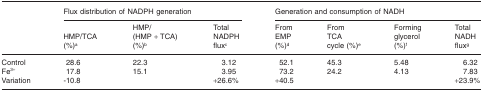
|  | <COLSPAN=3> Flux distribution of NADPH generation | <COLSPAN=4> Generation and consumption of NADH |
 |  | HMP/TCA (%)a | HMP/(HMP + TCA) (%)b | Total NADPH fluxc | From EMP (%)d | From TCA cycle (%)e | Forming glycerol (%)f | Total NADH fluxg |
 | --- | --- | --- | --- | --- | --- | --- | --- |
 | Control | 28.6 | 22.3 | 3.12 | 52.1 | 45.3 | 5.48 | 6.32 |
 | Fe3+ | 17.8 | 15.1 | 3.95 | 73.2 | 24.2 | 4.13 | 7.83 |
 | Variation | -10.8 |  | +26.6% | +40.5 |  |  | +23.9% |